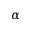
\alpha